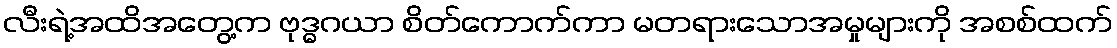
လီးရဲ့အထိအတွေ့က ဗုဒ္ဓဂယာ စိတ်ကောက်ကာ မတရားသောအမှုများကို အစစ်ထက်